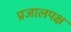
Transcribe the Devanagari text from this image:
प्रजालपक्ष